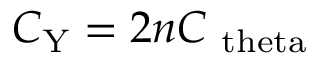
C _ { \mathrm { Y } } = 2 n C _ { \mathrm { \ t h e t a } }